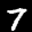
Label: 7